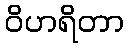
ဝိဟရိတာ